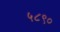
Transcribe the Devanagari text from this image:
५८९०